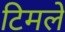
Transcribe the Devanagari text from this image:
टिमले